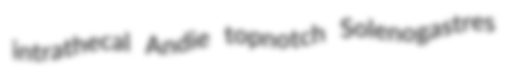
intrathecal Andie topnotch Solenogastres